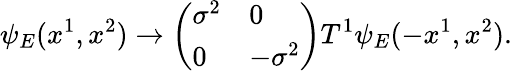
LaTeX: \psi_{E}(x^{1},x^{2})\rightarrow\left(\begin{array}{ll}{{\sigma^{2}}}&{{0}}\\ {{0}}&{{-\sigma^{2}}}\end{array}\right)T^{1}\psi_{E}(-x^{1},x^{2}).